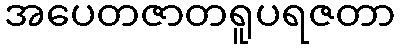
အပေတဇာတရူပရဇတာ